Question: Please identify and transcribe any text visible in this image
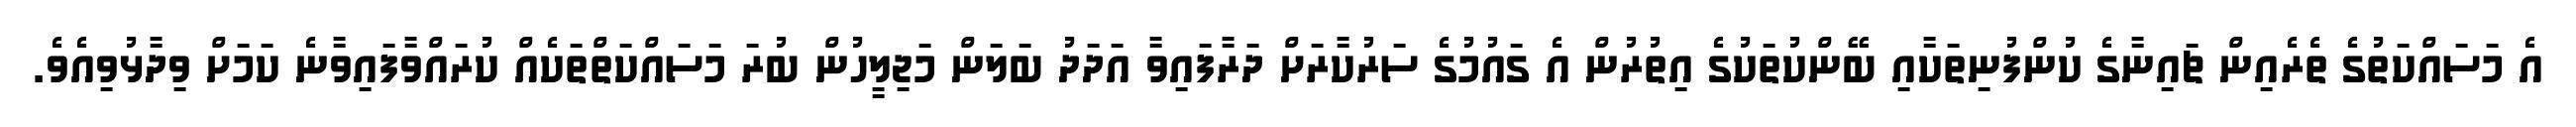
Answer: އެ މަސައްކަތުގެ ތެރެއިން ޗައިނާގެ ކުންފުނިތަކާއި ބޭންކުތަކުގެ އިތުރުން އެ ގައުމުގެ ސަރުކާރަށް ދަރާފައިވާ އަދަދު ބަލަން މަޖިލީހުން ބުރަ މަސައްކަތްތަކެއް ކުރައްވާފައިވާނެ ކަމަށް ވިދާޅުވިއެވެ.